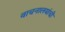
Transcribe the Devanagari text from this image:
वाचनालयांची